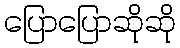
ပြောပြောဆိုဆို